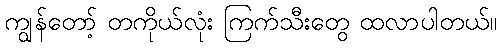
ကျွန်တော့် တကိုယ်လုံး ကြက်သီးတွေ ထလာပါတယ်။